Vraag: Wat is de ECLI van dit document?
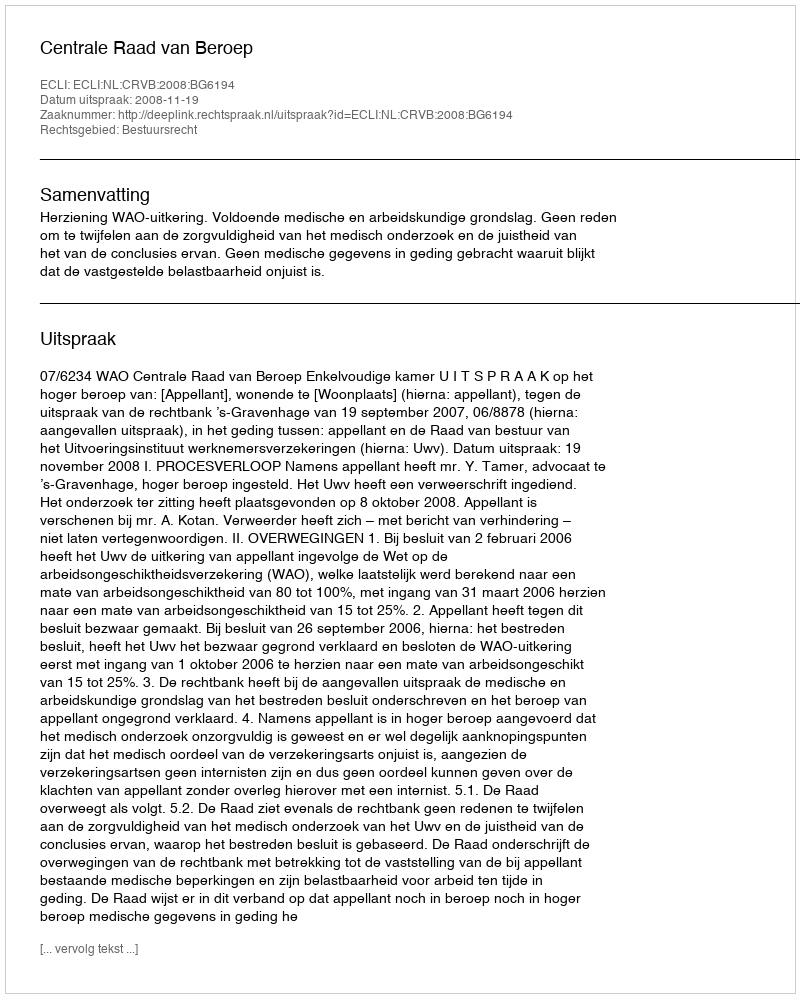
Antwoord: ECLI:NL:CRVB:2008:BG6194